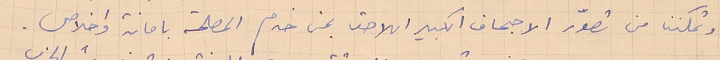
وتمكننا من تصوّر الاجحاف الكبير اللاحق بمن خدم المصلحة بامانة واخلاص.